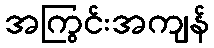
အကြွင်းအကျန်